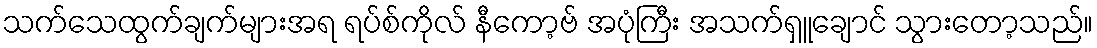
သက်သေထွက်ချက်များအရ ရပ်စ်ကိုလ် နီကော့ဗ် အပုံကြီး အသက်ရှူချောင် သွားတော့သည်။